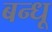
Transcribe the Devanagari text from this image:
बन्धू